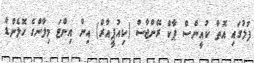
ފުލުގައި އޮތް ކުއީންސް ޕާކް ރޭންޖާސް (ކިއުޕީއާރް) އިން އިންޓަ މިލާންގެ ހޮލެންޑް